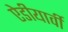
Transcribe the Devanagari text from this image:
ऐडीयार्वी